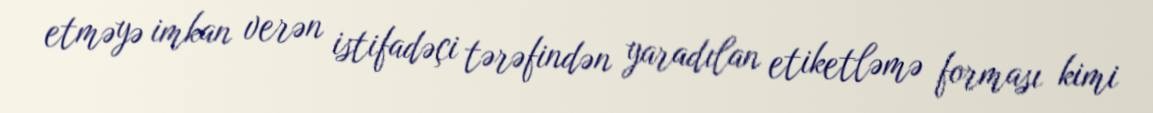
etməyə imkan verən istifadəçi tərəfindən yaradılan etiketləmə forması kimi